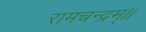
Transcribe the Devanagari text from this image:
रामचन्द्रम्॥